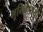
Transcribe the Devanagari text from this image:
भूमिकेपायी